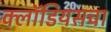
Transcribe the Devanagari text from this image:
क्लॉडियसचा